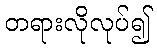
တရားလိုလုပ်၍